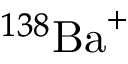
^ { 1 3 8 } \mathrm { { B a } ^ { + } }